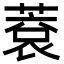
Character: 蔉